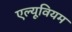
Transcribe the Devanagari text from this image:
एल्यूवियम